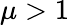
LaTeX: \mu>1